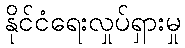
နိုင်ငံရေးလှုပ်ရှားမှု